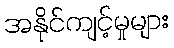
အနိုင်ကျင့်မှုများ